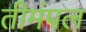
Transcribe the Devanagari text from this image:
तीमंपल